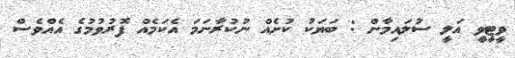
ވީޓީވީ އަލީ ސުލައިމާން : ބަޔަކު ކުށެއް ނުކުރާނަމަ އެކަމެއް ފޮރުވުމުގެ އެއްވެސް